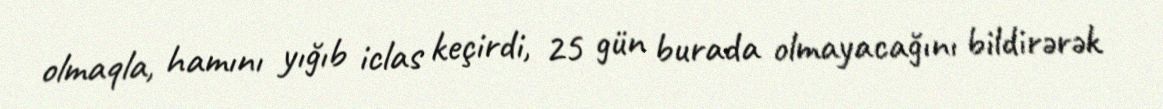
olmaqla, hamını yığıb iclas keçirdi, 25 gün burada olmayacağını bildirərək